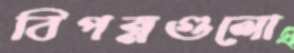
বিপন্নগুলো